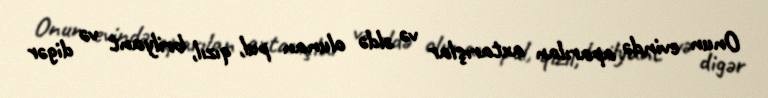
Onun evində aparılan axtarışlar və əldə olunan pul, qızıl, brilyant və digər